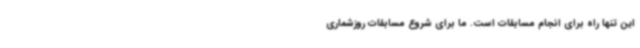
این تنها راه برای انجام مسابقات است. ما برای شروع مسابقات روزشماری